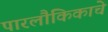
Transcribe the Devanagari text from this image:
पारलौकिकाचे